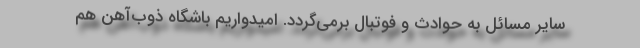
سایر مسائل به حوادث و فوتبال برمی‌گردد. امیدواریم باشگاه ذوب‌آهن هم